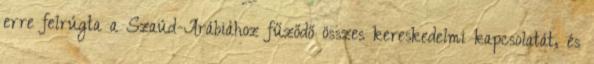
erre felrúgta a Szaúd-Arábiához fűződő összes kereskedelmi kapcsolatát, és